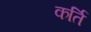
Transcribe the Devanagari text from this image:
कर्ति